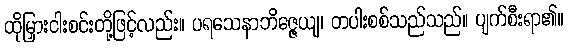
ထိုမြှားငါးစင်းတို့ဖြင့်လည်း။ ပရသေနာဘိဇ္ဇေယျ၊ တပါးစစ်သည်သည်။ ပျက်စီးရာ၏။